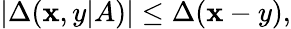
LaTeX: |\Delta(\mathbf{x},y|A)|\leq\Delta(\mathbf{x}-y),